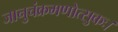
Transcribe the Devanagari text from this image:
जानुचंक्रमणोत्सुकः।